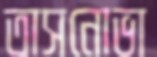
তাসনোভা